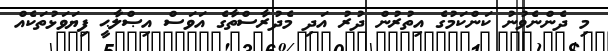
މި ދެންނެވުނު ކަންކަމުގެ އިތުރުން ދުރު އަދި މެދުރާސްތާގެ އަވަސް އިޞްލާޙީ ފިޔަވަޅުތަކެއް